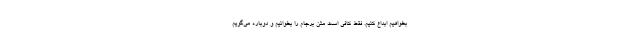
بخواهیم ابداع کنیم. فقط کافی است متن برجام را بخوانیم و دوباره می‌گویم